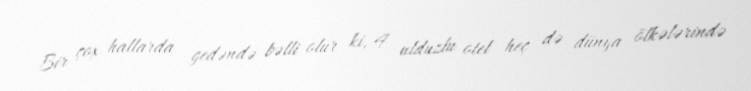
Bir çox hallarda gedəndə bəlli olur ki, 4 ulduzlu otel heç də dünya ölkələrində